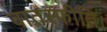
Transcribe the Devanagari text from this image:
वातस्फीति।